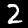
Digit: 2